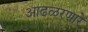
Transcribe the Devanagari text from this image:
आढळरणारे